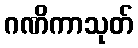
ဂဏိကာသုတ်